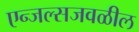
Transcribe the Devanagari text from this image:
एन्जल्सजवळील